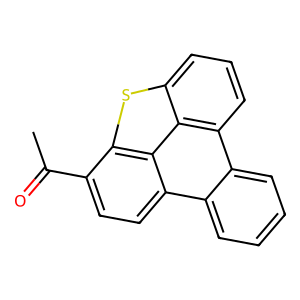
SMILES: CC(=O)c1ccc2c3ccccc3c3cccc4sc1c2c43
Inhibits HIV replication: No